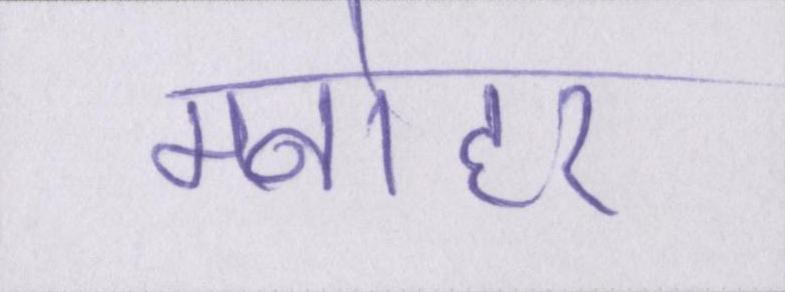
मनोहर